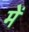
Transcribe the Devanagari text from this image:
में